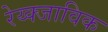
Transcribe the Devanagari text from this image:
रेय्क्जाविक